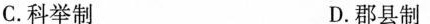
C.科举制 D.郡县制